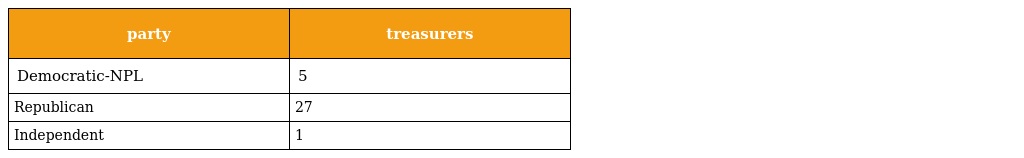
| party | treasurers |
 | --- | --- |
 | Democratic-NPL | 5 |
 | Republican | 27 |
 | Independent | 1 |